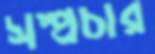
সম্প্রচার